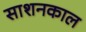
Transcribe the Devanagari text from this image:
साशनकाल